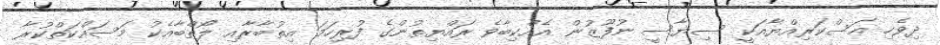
ދިވެހި ޢަސްކަރިއްޔާއަކީ ސިޔާސީ ނުފޫޒުން އެއްކިބާވެ ރައްޔިތުންގެ ފުރިހަމަ އިތުބާރާއި ލޯތްބާއެކު މަސައްކަތްކުރާ